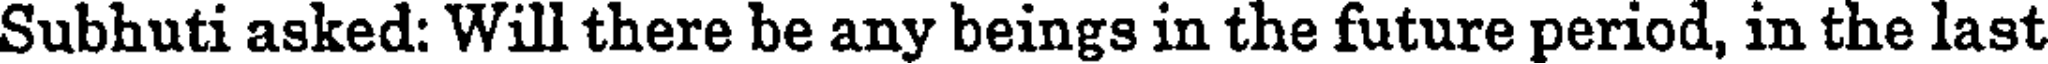
Subhuti asked: Will there be any beings in the future period, in the last